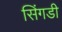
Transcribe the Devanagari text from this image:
सिंगडी